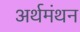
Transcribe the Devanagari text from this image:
अर्थमंथन